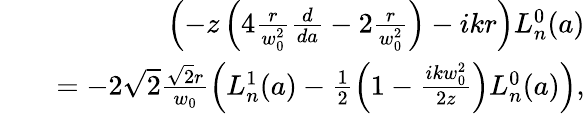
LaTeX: \begin{array}{rlr}&{}&{\left(-z\left(4\frac{r}{w_{0}^{2}}\frac{d}{da}-2\frac{r}{w_{0}^{2}}\right)-ikr\right)L_{n}^{0}(a)}\\ &{}&{=-2\sqrt{2}\frac{\sqrt{2}r}{w_{0}}\left(L_{n}^{1}(a)-\frac{1}{2}\left(1-\frac{ikw_{0}^{2}}{2z}\right)L_{n}^{0}(a)\right),}\end{array}